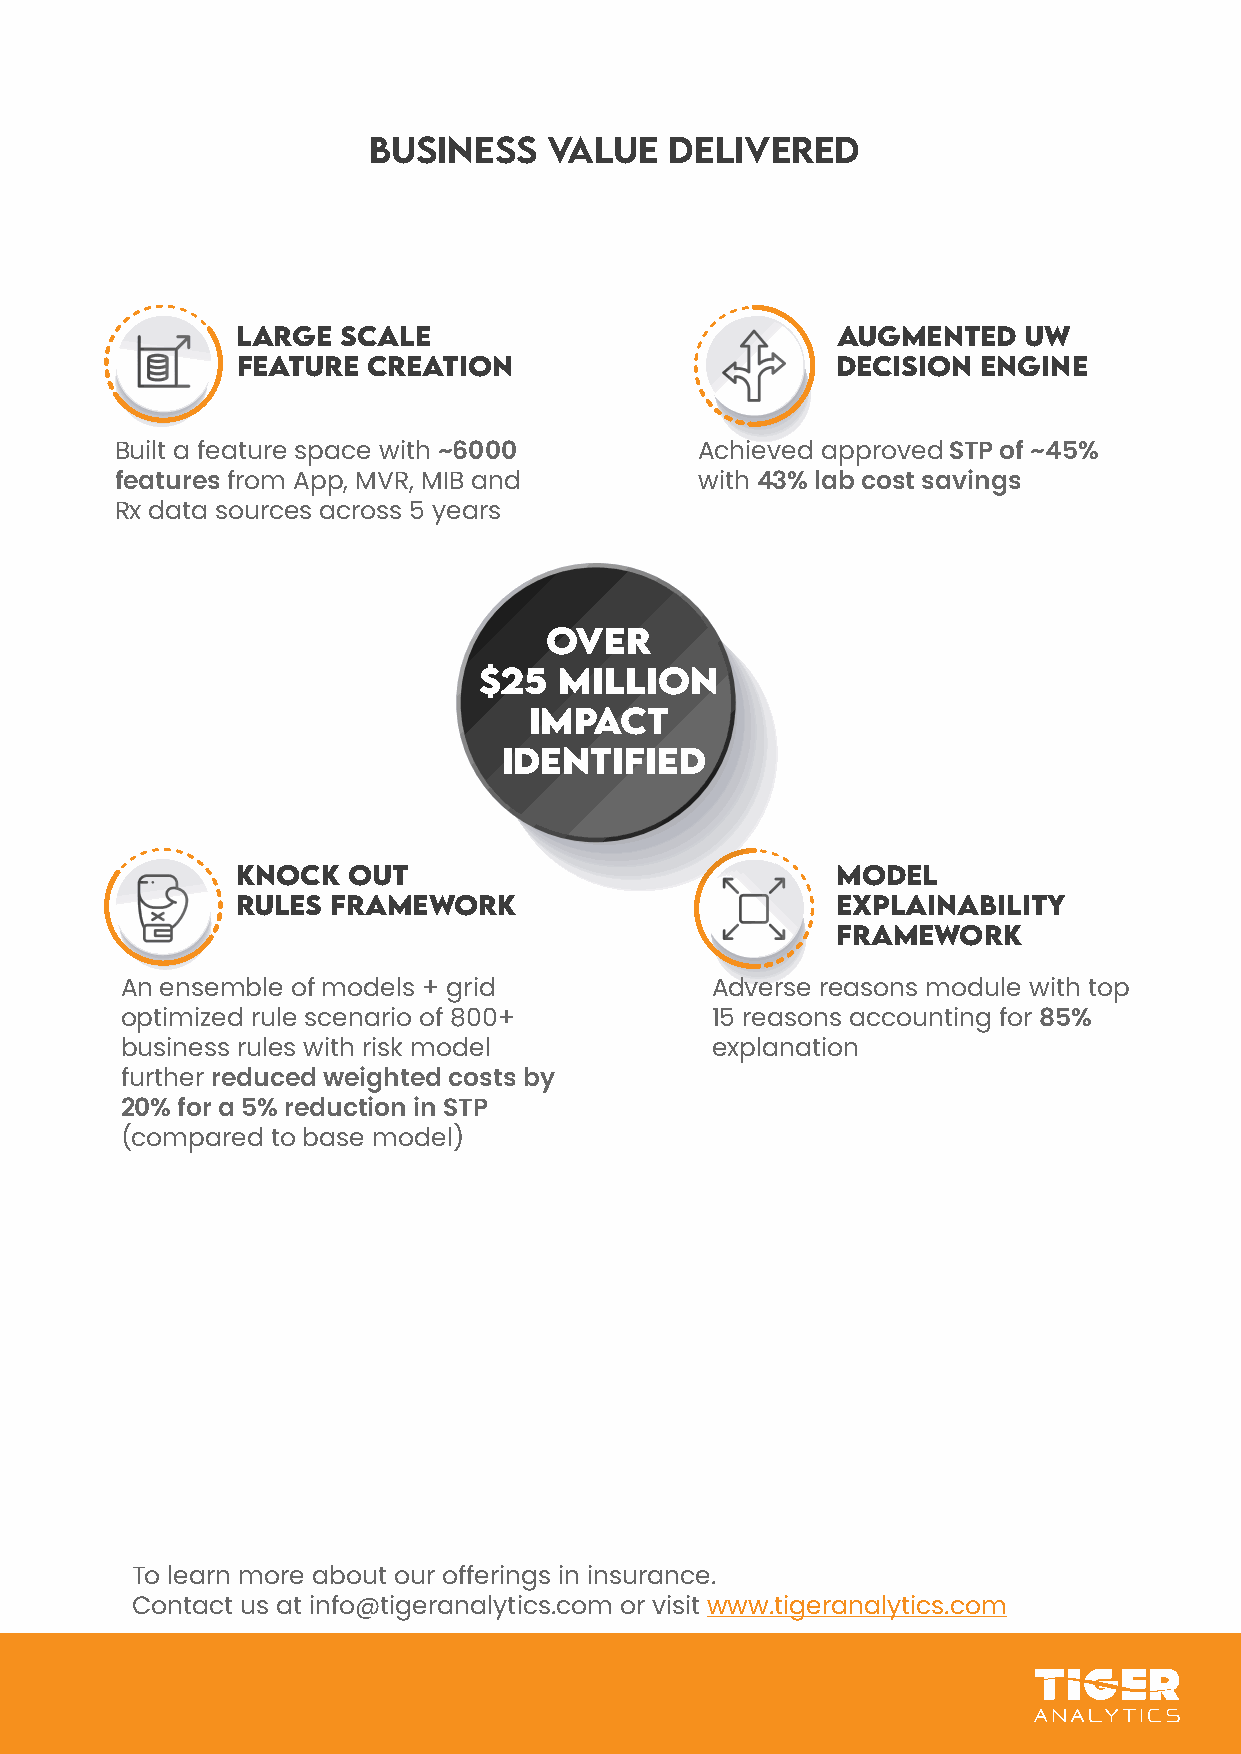
BUSiNESS    VALUE   DELiVERED
 LARGE  SCALE                           AUGMENTED    UW
 FEATURE CREATiON                       DECiSiON  ENGiNE
 Built a feature space with ~6000      Achieved approved STP of ~45%
 features from App, MVR, MIB and       with 43% lab cost savings
 Rx data sources across 5 years
 OVER
 $25  MILLION
 IMPACT
 IDENTIFIED
 KNOCK  OUT                             MODEL
 RULES FRAMEWORK                        EXPLAiNABiLiTY
 FRAMEWORK
 An ensemble of models + grid           Adverse reasons module with top
 optimized rule scenario of 800+        15 reasons accounting for 85%
 business rules with risk model         explanation
 further reduced weighted costs by
 20% for a 5% reduction in STP
 (compared to base model)
 To learn more about our offerings in insurance.
 Contact us at info@tigeranalytics.com or visit www.tigeranalytics.com